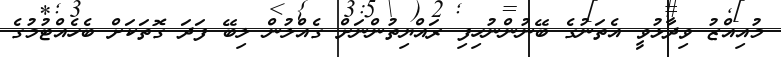
މުއިއްޒު ވިދާޅުވީ އެތަނުގެ ބޭނުންނުހިފި ރައްޔިތުންނަށް ގެއްލުން ލިބޭ ފަދަ ގޮތަކަށް ބެހެއްޓުމުގެ